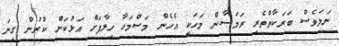
ނަމަވެސް ބަރަކާތްތެރި ރަމަޟާން މަހަކީ އެހެން މަސްމަހާ ހިލާފަށް އަޅުކަން ކުރުން ގިނަ